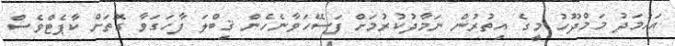
އަހުމަދު މަމްދޫހު މީގެ އިތުރުން ނަމާދުކުރުމަށް ފަސޭހަވާނެހެން ޤިބްލަ ފާހަގަވާ ގޮތަށް ކާޕެޓްވެސް